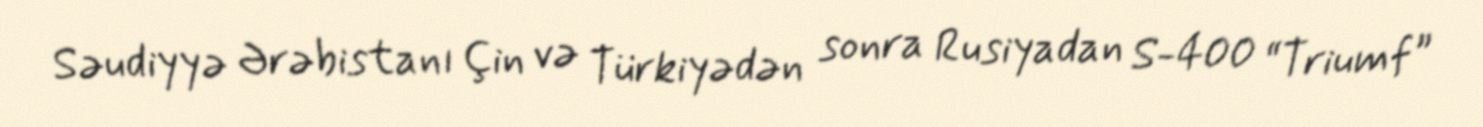
Səudiyyə Ərəbistanı Çin və Türkiyədən sonra Rusiyadan S-400 “Triumf”